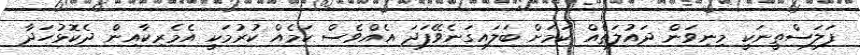
ފަލަސްތީނަކީ މިނިވަން ދައުލަތެއް ކަމަށް ބަލައިގަނެވޭފަދަ އެއްވެސް ކަމެއް ކުރުމަކީ އެމެރިކާއިން ދެކޮޅުހަދާ